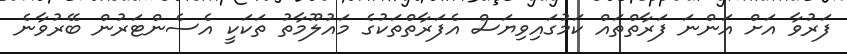
ފަރުވާ އަށް އަންނަ ފަރާތްތައް ކަމުގައިވިޔަސް އެފަރާތްތަކުގެ މައުލޫމާތު ތަކަކީ އެސެންޓަރުން ބޭރުވާނެ